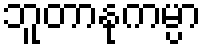
ဘူတာနုကမ္ပာ